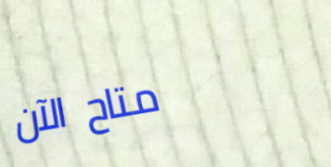
متاح الآن